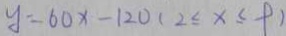
y = 6 0 x - 1 2 0 ( 2 \leq x \leq 9 )